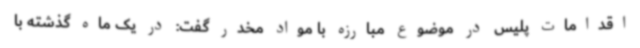
اقدامات پلیس در موضوع مبارزه با مواد مخدر گفت: در یک ماه گذشته با